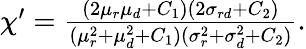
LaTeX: \begin{array}{r}{\chi^{\prime}=\frac{(2\mu_{r}\mu_{d}+C_{1})(2\sigma_{rd}+C_{2})}{(\mu_{r}^{2}+\mu_{d}^{2}+C_{1})(\sigma_{r}^{2}+\sigma_{d}^{2}+C_{2})}.}\end{array}